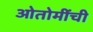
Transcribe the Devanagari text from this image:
ओतोमींची